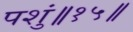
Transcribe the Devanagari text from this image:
पशुं॥१५॥